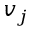
v _ { j }